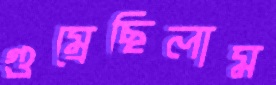
গুম্‌রেছিলাম